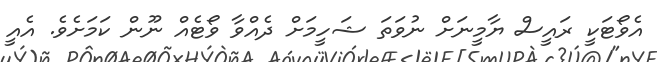
އެވޯޓަކީ ރައީސް ޔާމީނަށް ނުވަތަ ޝަހީމަށް ދެއްވާ ވޯޓެއް ނޫން ކަމަށެވެ. އެއީ